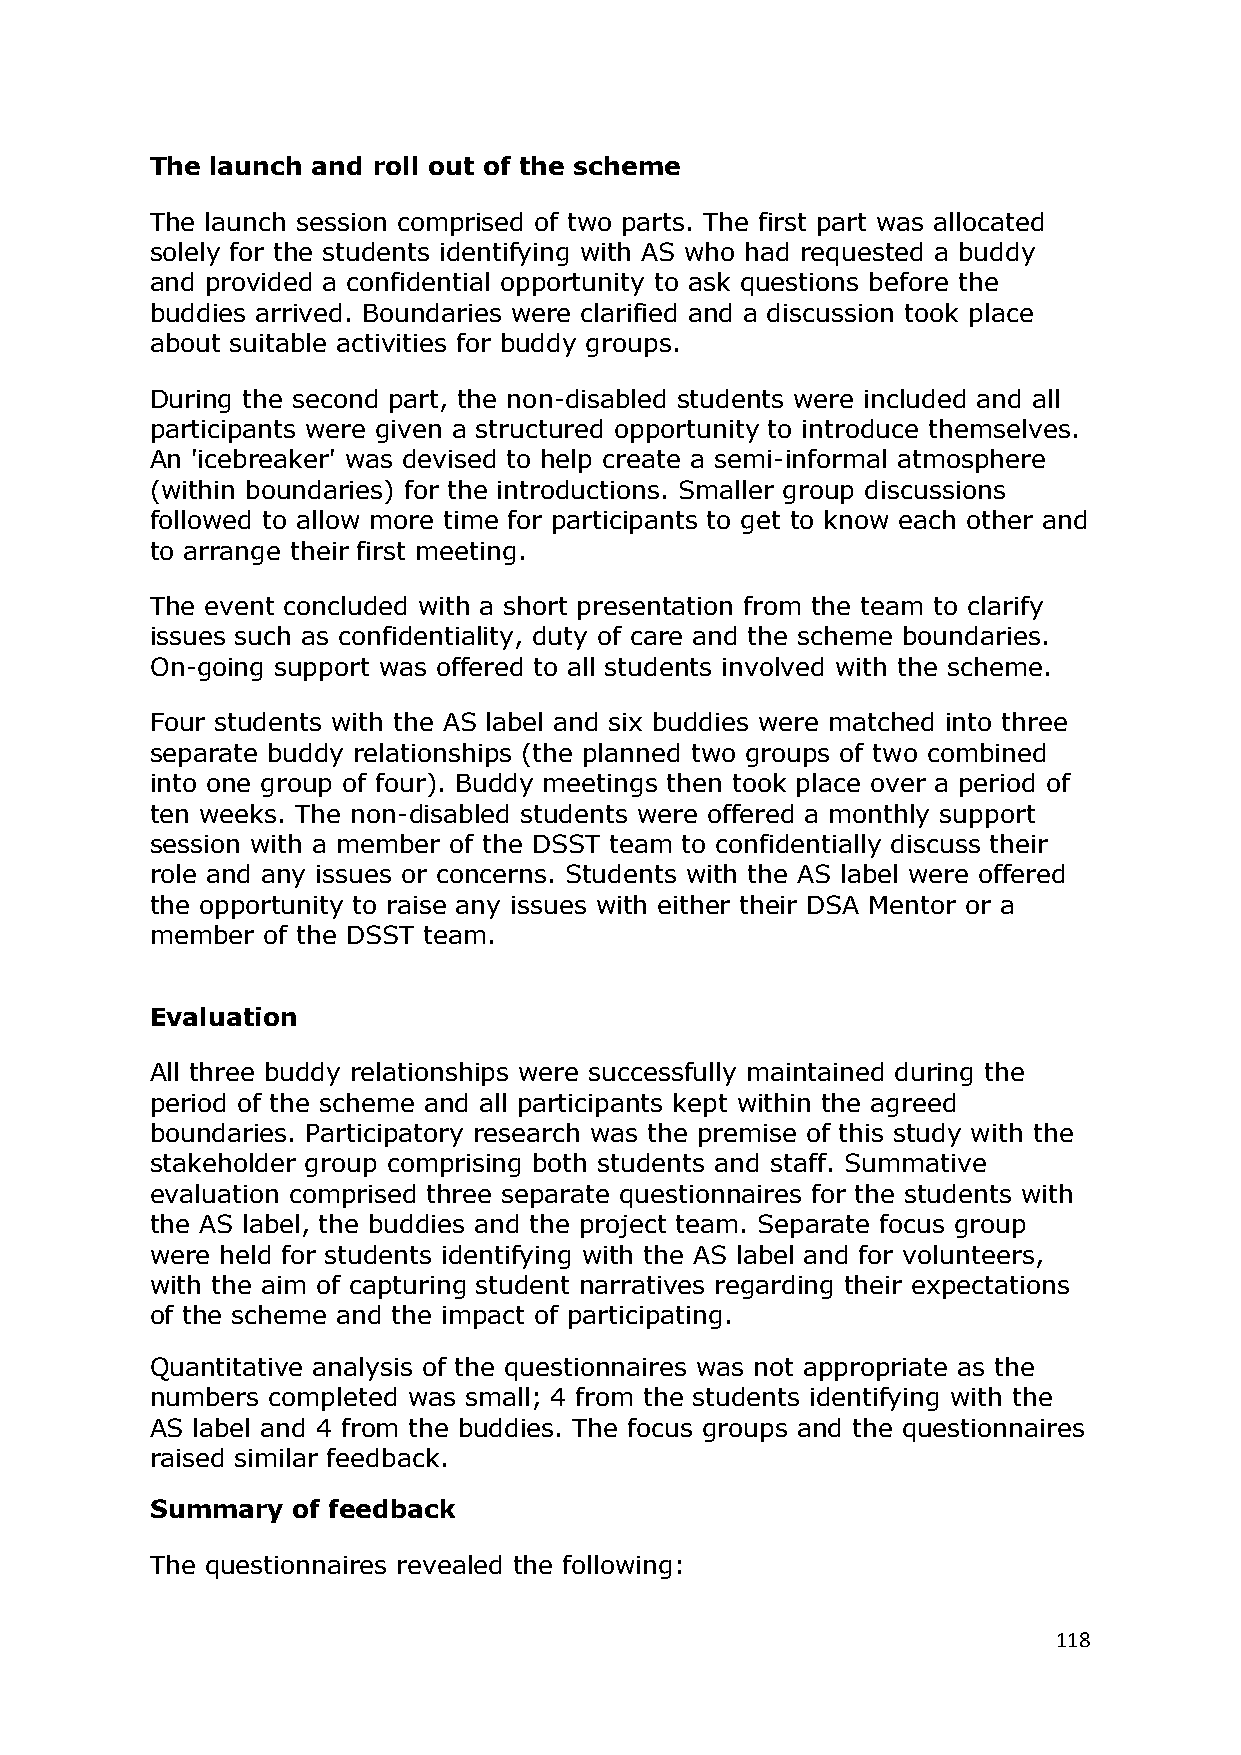
The launch and roll out of the scheme
 The launch session comprised of two parts. The first part was allocated
 solely for the students identifying with AS who had requested a buddy
 and provided a confidential opportunity to ask questions before the
 buddies arrived. Boundaries were clarified and a discussion took place
 about suitable activities for buddy groups.
 During the second part, the non-disabled students were included and all
 participants were given a structured opportunity to introduce themselves.
 An 'icebreaker' was devised to help create a semi-informal atmosphere
 (within boundaries) for the introductions. Smaller group discussions
 followed to allow more time for participants to get to know each other and
 to arrange their first meeting.
 The event concluded with a short presentation from the team to clarify
 issues such as confidentiality, duty of care and the scheme boundaries.
 On-going support was offered to all students involved with the scheme.
 Four students with the AS label and six buddies were matched into three
 separate buddy relationships (the planned two groups of two combined
 into one group of four). Buddy meetings then took place over a period of
 ten weeks. The non-disabled students were offered a monthly support
 session with a member of the DSST team to confidentially discuss their
 role and any issues or concerns. Students with the AS label were offered
 the opportunity to raise any issues with either their DSA Mentor or a
 member of the DSST team.
 Evaluation
 All three buddy relationships were successfully maintained during the
 period of the scheme and all participants kept within the agreed
 boundaries. Participatory research was the premise of this study with the
 stakeholder group comprising both students and staff. Summative
 evaluation comprised three separate questionnaires for the students with
 the AS label, the buddies and the project team. Separate focus group
 were held for students identifying with the AS label and for volunteers,
 with the aim of capturing student narratives regarding their expectations
 of the scheme and the impact of participating.
 Quantitative analysis of the questionnaires was not appropriate as the
 numbers completed was small; 4 from the students identifying with the
 AS label and 4 from the buddies. The focus groups and the questionnaires
 raised similar feedback.
 Summary  of feedback
 The questionnaires revealed the following:
 118